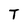
Character: T